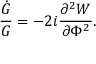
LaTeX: \frac { \dot { G } } { G } = - 2 i \frac { \partial ^ { 2 } W } { \partial \Phi ^ { 2 } } .